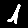
Digit: 1